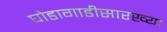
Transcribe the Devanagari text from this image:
घोडागाडीसारख्या